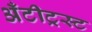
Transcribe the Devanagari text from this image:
अँटीट्रस्ट